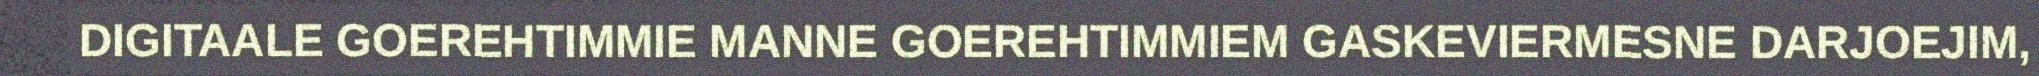
DIGITAALE GOEREHTIMMIE MANNE GOEREHTIMMIEM GASKEVIERMESNE DARJOEJIM,